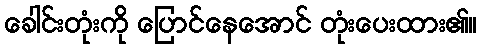
ခေါင်းတုံးကို ပြောင်နေအောင် တုံးပေးထား၏။